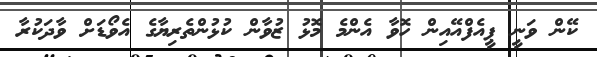
ކޭން ވަނީ ޕީއެފްއޭއިން ހޮވާ އެންމެ މޮޅު ޒުވާން ކުޅުންތެރިޔާގެ އެވޯޑަށް ވާދަކުރާ